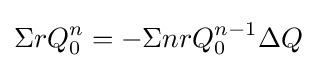
\Sigma rQ_{0}^{n}=-\Sigma nrQ_{0}^{n-1}\Delta Q